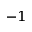
^ { - 1 }